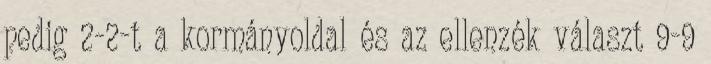
pedig 2-2-t a kormányoldal és az ellenzék választ 9-9